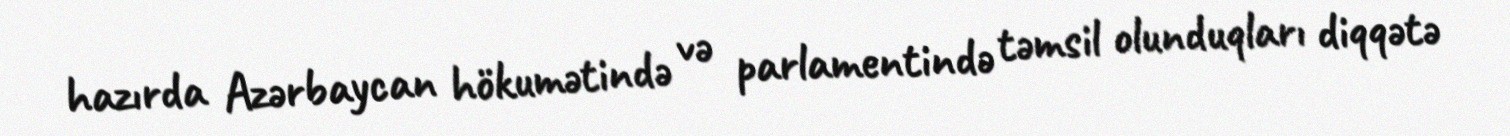
hazırda Azərbaycan hökumətində və parlamentində təmsil olunduqları diqqətə